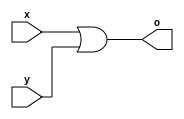
module or_4b(x, y, o);

    //4-bit inputs and output
    output [3:0] o;
    input [3:0] x;
    input [3:0] y;

    assign o = x | y;

endmodule